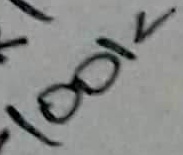
Text: 100K